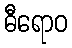
ဓီရောဝ